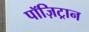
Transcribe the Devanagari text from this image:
पॉज़िट्रान